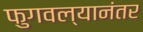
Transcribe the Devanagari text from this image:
फुगवल्यानंतर